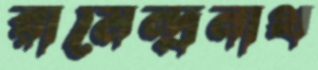
রামেন্দ্রনাথ